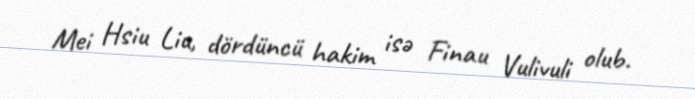
Mei Hsiu Liu, dördüncü hakim isə Finau Vulivuli olub.